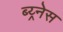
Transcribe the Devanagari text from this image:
ब्य्र्नेस